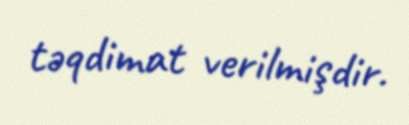
təqdimat verilmişdir.